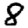
Digit: 8